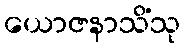
ယောဇနာသိံသု